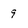
Character: 9